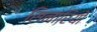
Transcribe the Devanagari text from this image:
सिनारियो